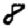
Digit: 8